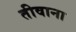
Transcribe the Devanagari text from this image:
तीवाना